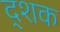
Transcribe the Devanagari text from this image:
द्शक